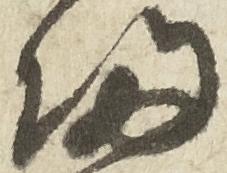
帰